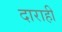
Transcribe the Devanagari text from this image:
दाराही